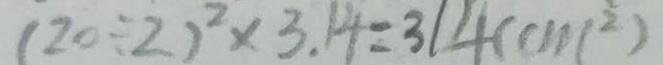
( 2 0 \div 2 ) ^ { 2 } \times 3 . 1 4 = 3 1 4 ( c m ^ { 2 } )